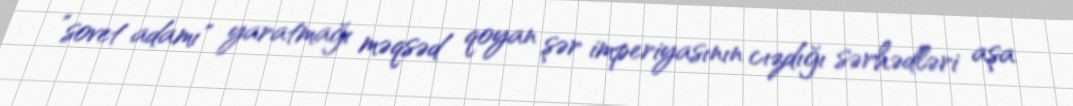
”sovet adamı" yaratmağı məqsəd qoyan şər imperiyasının cızdığı sərhədləri aşa